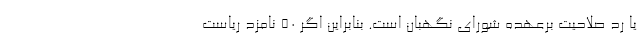
یا رد صلاحیت برعهده شورای نگهبان است. بنابراین اگر ۵۰ نامزد ریاست